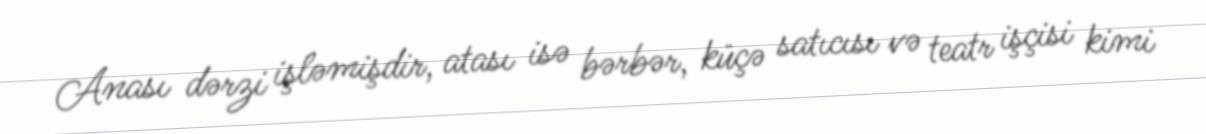
Anası dərzi işləmişdir, atası isə bərbər, küçə satıcısı və teatr işçisi kimi